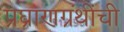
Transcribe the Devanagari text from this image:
प्रघ्राणग्रंथींची